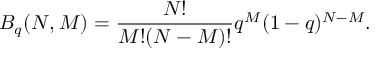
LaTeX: B _ { q } ( N , M ) = \frac { N ! } { M ! ( N - M ) ! } q ^ { M } ( 1 - q ) ^ { N - M } .